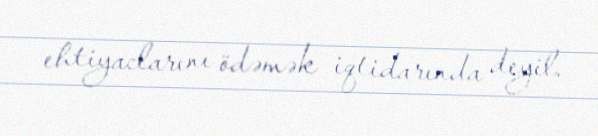
ehtiyaclarını ödəmək iqtidarında deyil.